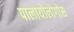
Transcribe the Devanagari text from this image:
पालायोलोगोस